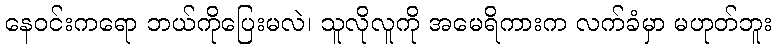
နေဝင်းကရော ဘယ်ကိုပြေးမလဲ၊ သူလိုလူကို အမေရိကားက လက်ခံမှာ မဟုတ်ဘူး